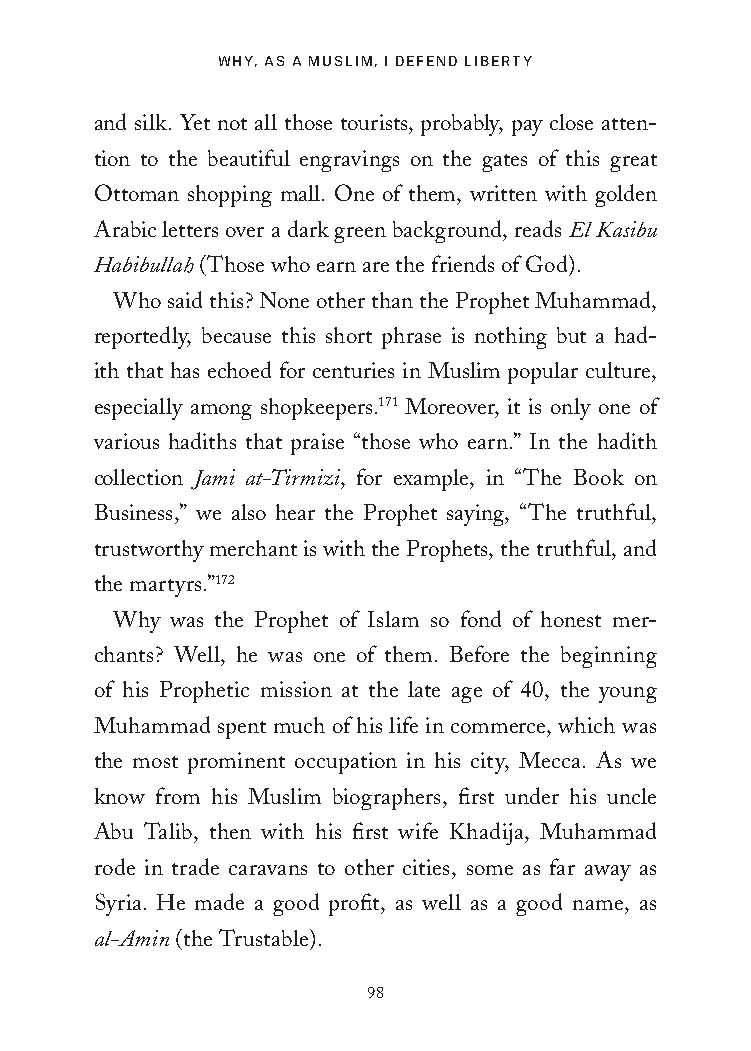
WHY, AS A MUSLIM, I DEFEND LIBERTY
 and silk. Yet not all those tourists, probably, pay close atten-
 tion to the beautiful engravings on the gates of this great
 Ottoman shopping mall. One of them, written with golden
 Arabic letters over a dark green background, reads El Kasibu
 Habibullah (Those who earn are the friends of God).
 Who said this? None other than the Prophet Muhammad,
 reportedly, because this short phrase is nothing but a had-
 ith that has echoed for centuries in Muslim popular culture,
 especially among shopkeepers.171 Moreover, it is only one of
 various hadiths that praise “those who earn.” In the hadith
 collection Jami at-Tirmizi, for example, in “The Book on
 Business,” we also hear the Prophet saying, “The truthful,
 trustworthy merchant is with the Prophets, the truthful, and
 the martyrs.”172
 Why was the Prophet of Islam so fond of honest mer-
 chants? Well, he was one of them. Before the beginning
 of his Prophetic mission at the late age of 40, the young
 Muhammad spent much of his life in commerce, which was
 the most prominent occupation in his city, Mecca. As we
 know from his Muslim biographers, first under his uncle
 Abu Talib, then with his first wife Khadija, Muhammad
 rode in trade caravans to other cities, some as far away as
 Syria. He made a good profit, as well as a good name, as
 al-Amin (the Trustable).
 98
 25320_Ch07.indd 98                      24/06/2021 9:26 AM